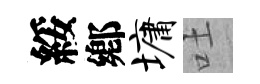
綏鄕墉吐